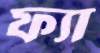
ফ্যা